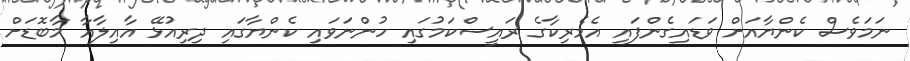
ނަމަވެސް ކެންޔާއަށް ވަޑައިގެންފައި އެމެރިކާގެ ރައީސްކަމުގައި ހުންނަވައި ކެންޔާގައި ދިރިއުޅޭ އާއިލާއާ މާބޮޑަށް